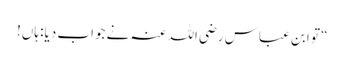
“ تو ابن عباس رضی اللہ عنہ نے جواب دیا: ہاں!